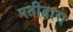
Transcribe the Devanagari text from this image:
पतीद्वारा